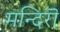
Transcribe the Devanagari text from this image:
मन्दिरॊ